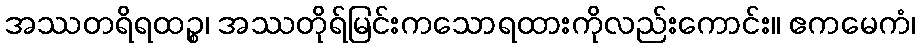
အဿတရိရထဉ္စ၊ အဿတိုရ်မြင်းကသောရထားကိုလည်းကောင်း။ ဧကမေကံ၊